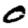
Digit: 0